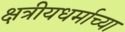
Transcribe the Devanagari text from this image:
क्षत्रीयधर्माच्या